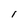
Character: I